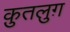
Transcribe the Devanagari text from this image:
क़ुतलुग़